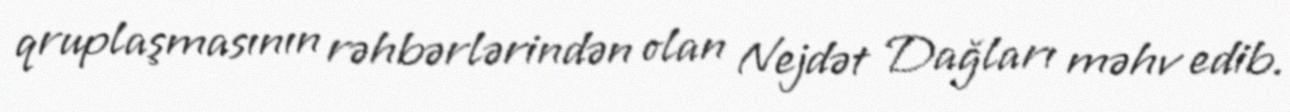
qruplaşmasının rəhbərlərindən olan Nejdət Dağları məhv edib.